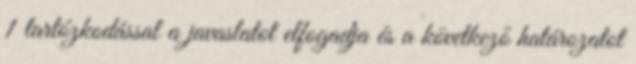
1 tartózkodással a javaslatot elfogadja és a következő határozatot